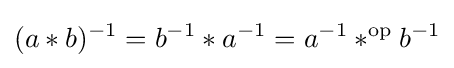
(a*b)^{-1}=b^{-1}*a^{-1}=a^{-1}*^{\text{op}}b^{-1}